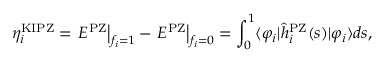
\eta _ { i } ^ { \mathrm { K I P Z } } = \left. E ^ { \mathrm { P Z } } \right| _ { f _ { i } = 1 } - \left. E ^ { \mathrm { P Z } } \right| _ { f _ { i } = 0 } = \int _ { 0 } ^ { 1 } \langle \varphi _ { i } \vert \hat { h } _ { i } ^ { \mathrm { P Z } } ( s ) \vert \varphi _ { i } \rangle d s ,